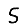
Digit: 5